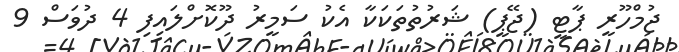
ޖުމްހޫރީ ޕާޓީ (ޖޭޕީ) ޝަރުތުތަކަކާ އެކު ސަމީރު ދޫކޮށްލައިފި 4 ދުވަސް 9